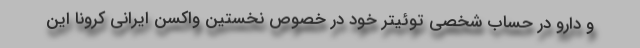
و دارو در حساب شخصی توئیتر خود در خصوص نخستین واکسن ایرانی کرونا این